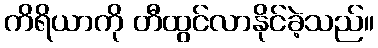
ကိရိယာကို တီထွင်လာနိုင်ခဲ့သည်။